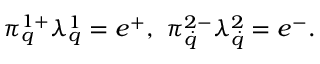
\pi _ { q } ^ { 1 + } \lambda _ { q } ^ { 1 } = e ^ { + } , \ \pi _ { \dot { q } } ^ { 2 - } \lambda _ { \dot { q } } ^ { 2 } = e ^ { - } .